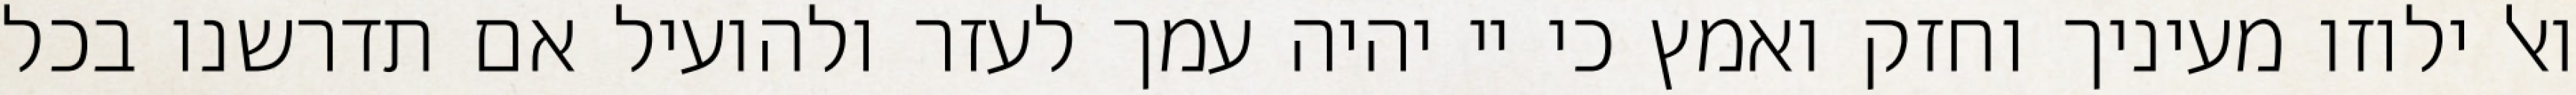
ואל ילוזו מעיניך וחזק ואמץ כי יי יהיה עמך לעזר ולהועיל אם תדרשנו בכל